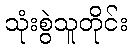
သုံးစွဲသူတိုင်း